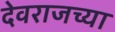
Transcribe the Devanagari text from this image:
देवराजच्या